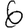
Digit: 6